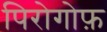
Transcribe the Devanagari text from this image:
पिरोगोफ़